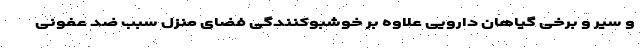
و سیر و برخی گیاهان دارویی علاوه بر خوشبوکنندگی فضای منزل سبب ضد عفونی